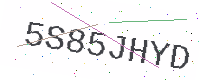
Text: 5S85JHYD